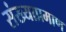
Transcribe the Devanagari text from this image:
संख्याप्रमाण